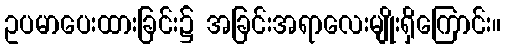
ဥပမာပေးထားခြင်း၌ အခြင်းအရာလေးမျိုးရှိကြောင်း။